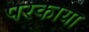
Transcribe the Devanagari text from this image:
परकाया